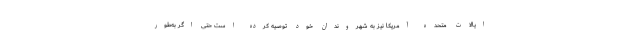
ایالات متحده آمریکا نیز به شهروندان خود توصیه کرده است حتی اگر به‌طور